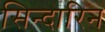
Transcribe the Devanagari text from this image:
सिन्दारिन